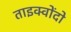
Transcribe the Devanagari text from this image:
ताइक्वोंदो